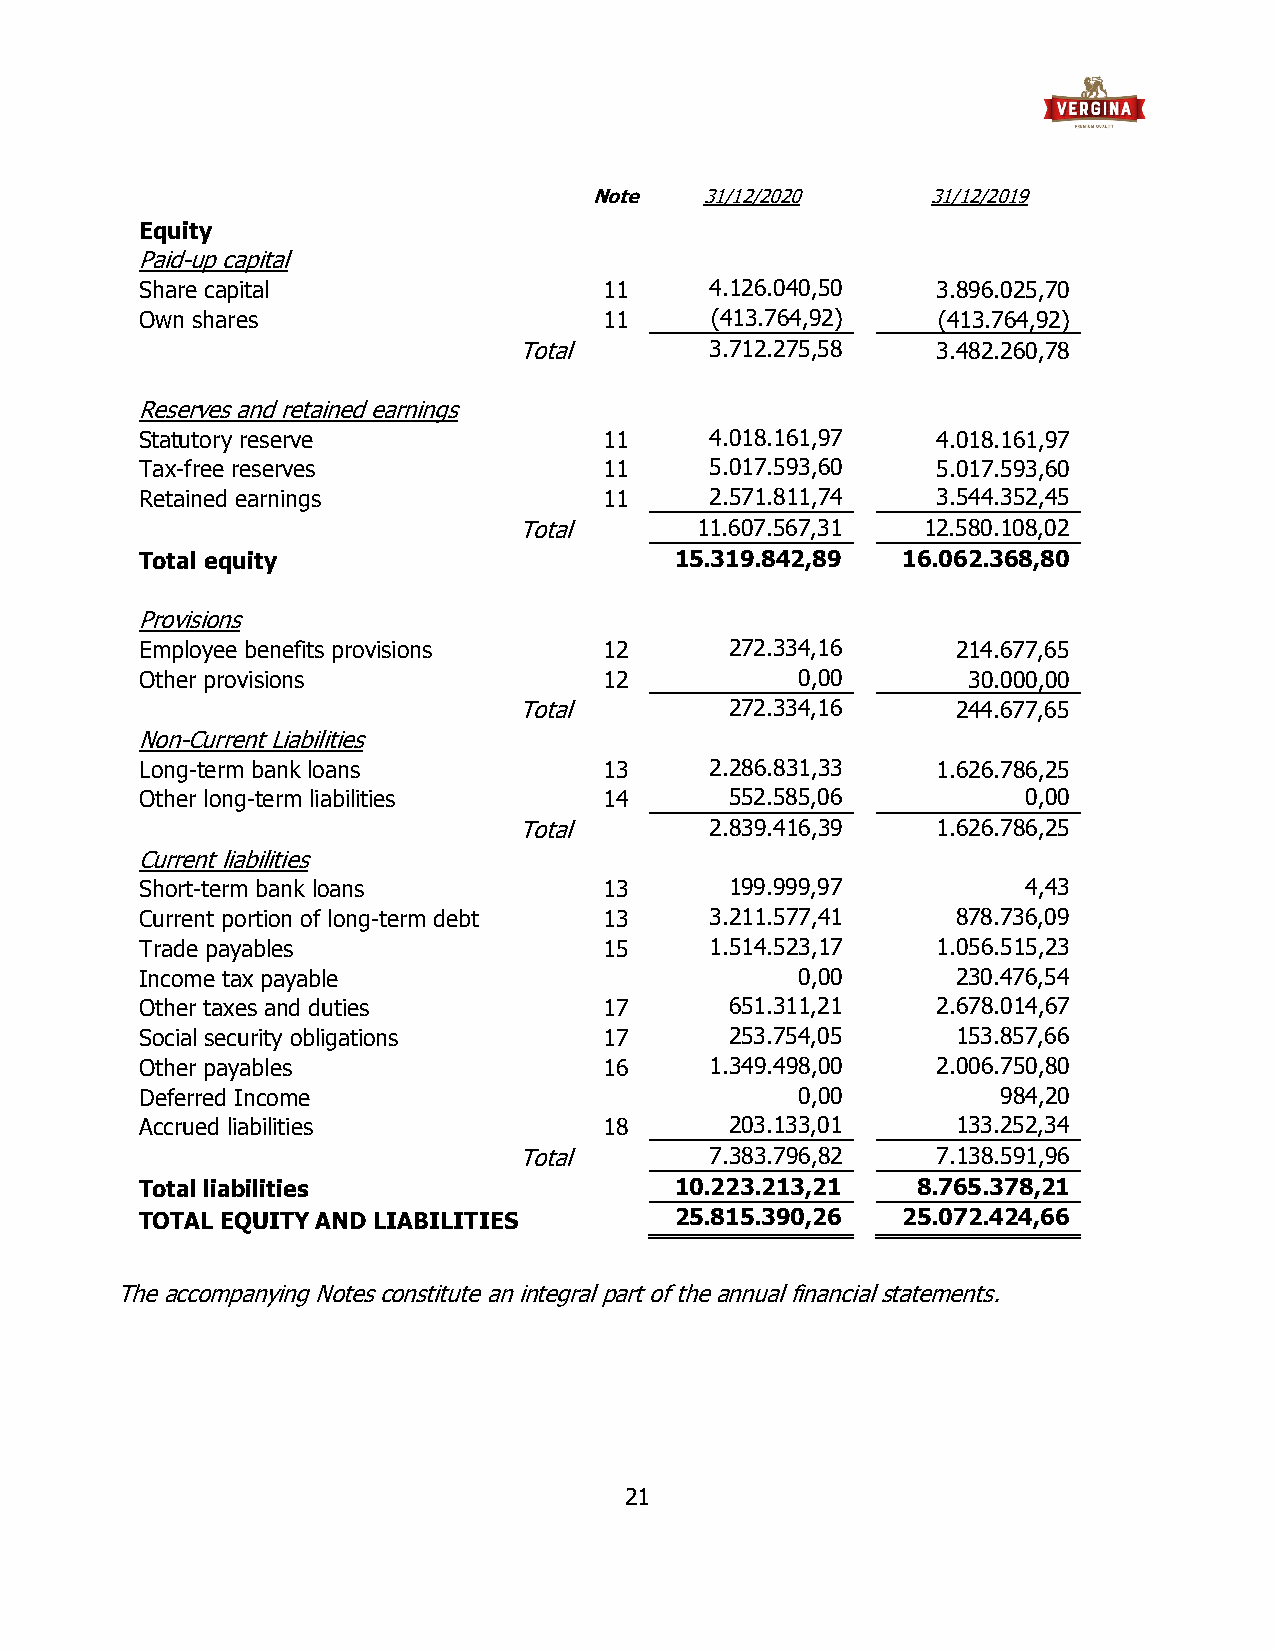
Note    31/12/2020     31/12/2019
 Equity
 Paid-up capital
 Share capital                  11     4.126.040,50   3.896.025,70
 Own shares                     11     (413.764,92)   (413.764,92)
 Total        3.712.275,58   3.482.260,78
 Reserves and retained earnings
 Statutory reserve              11     4.018.161,97   4.018.161,97
 Tax-free reserves              11     5.017.593,60   5.017.593,60
 Retained earnings              11     2.571.811,74   3.544.352,45
 Total       11.607.567,31  12.580.108,02
 Total equity                        15.319.842,89  16.062.368,80
 Provisions
 Employee benefits provisions   12      272.334,16     214.677,65
 Other provisions               12           0,00       30.000,00
 Total         272.334,16     244.677,65
 Non-Current Liabilities
 Long-term bank loans           13     2.286.831,33   1.626.786,25
 Other long-term liabilities    14      552.585,06          0,00
 Total        2.839.416,39   1.626.786,25
 Current liabilities
 Short-term bank loans          13      199.999,97          4,43
 Current portion of long-term debt 13  3.211.577,41    878.736,09
 Trade payables                 15     1.514.523,17   1.056.515,23
 Income tax payable                          0,00      230.476,54
 Other taxes and duties         17      651.311,21    2.678.014,67
 Social security obligations    17      253.754,05     153.857,66
 Other payables                 16     1.349.498,00   2.006.750,80
 Deferred Income                             0,00         984,20
 Accrued liabilities            18      203.133,01     133.252,34
 Total        7.383.796,82   7.138.591,96
 Total liabilities                   10.223.213,21   8.765.378,21
 TOTAL EQUITY AND LIABILITIES        25.815.390,26  25.072.424,66
 The accompanying Notes constitute an integral part of the annual financial statements.
 21